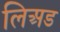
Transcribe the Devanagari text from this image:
लिअड